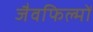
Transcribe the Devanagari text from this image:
जैवफिल्मों